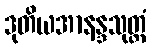
ဒုတိယအာနန္ဒသုတ္တံ